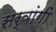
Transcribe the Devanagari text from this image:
सर्वांगीं